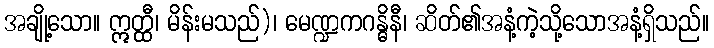
အချို့သော။ ဣတ္ထီ၊ မိန်းမသည်)၊ မေဏ္ဍကဂန္ဓိနီ၊ ဆိတ်၏အနံ့ကဲ့သို့သောအနံ့ရှိသည်။